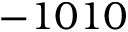
- 1 0 1 0